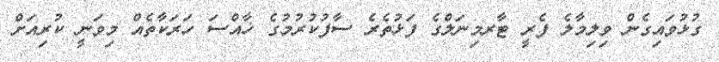
ގުޅުވައިގެން ވިލިމާލެ ފެރީ ޓާރމިނަލްގެ ފަޅުތެރެ ސާފުކުރުމުގެ ޚާއްސަ ހަރަކާތެއް މިވަނީ ކުރިއަށް